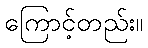
ကြောင့်တည်း။